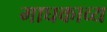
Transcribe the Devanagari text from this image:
माघकाव्य